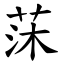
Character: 莯